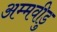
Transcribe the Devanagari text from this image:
अम्मवीडु